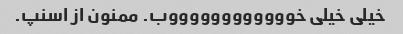
خیلی خیلی خووووووووووووب. ممنون از اسنپ.